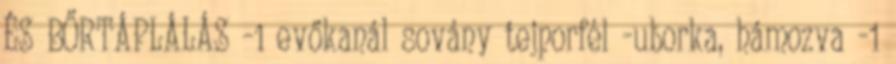
ÉS BŐRTÁPLÁLÁS -1 evőkanál sovány tejporfél -uborka, hámozva -1